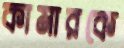
কামারকে